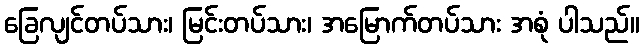
ခြေလျင်တပ်သား၊ မြင်းတပ်သား၊ အမြောက်တပ်သား အစုံ ပါသည်။